Civil Veterinary Dept. Bombay admin report 1914-1922 - 1914-1922
Year: 1914
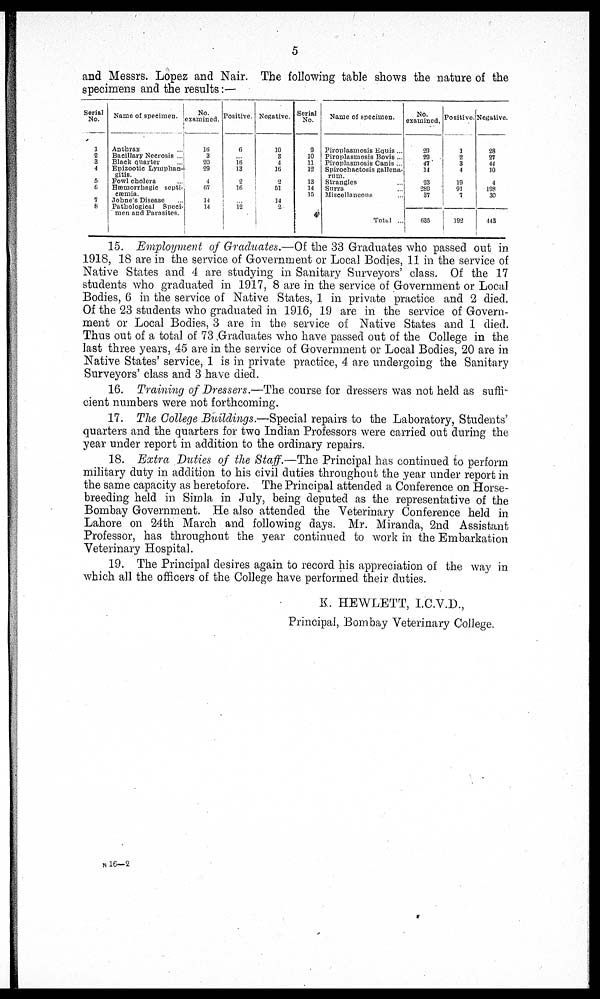
5
and Messrs. Lopez and Nair. The following table shows the nature of the
specimens and the results:—
Serial
No.
1
2
3
4
5
6
7
8
Name of specimen.
Anthrax ...
Bacillary Necrosis ...
Black quarter ...
Epizootic Lymphan-
gitis.
Fowl cholera
Hæmorrhagic septi-
cæmia.
Johne's Disease ...
Pathological
Speci-
men and Parasites.
No.
examined.
16
3
20
29
4
67
14
14
Positive.
6
... 16
13
2
16
... 12
Negative.
10
3
4
16
2
51
14
2
Serial
No.
9
10
11
12
13
14
15
Name of specimen.
Piroplasmosis Equis ...
Piroplasmosis Bovis ...
Piroplasmosis Canis ...
Spirochactosis gallena-
rum.
Strangles
Surra. ...
Miscellaneous ...
Total ...
No.
examined.
29
29
47
14
23
289
37
635
Positive.
1
2
3
4
19
91
7
192
Negative.
28
27
44
10
4
198
30
443
15. Employment of Graduates.—Of the 33 Graduates who passed out in
1918, 18 are in the service of Government or Local Bodies, 11 in the service of
Native States and 4 are studying in Sanitary Surveyors' class. Of the 17
students who graduated in 1917, 8 are in the service of Government or Local
Bodies, 6 in the service of Native States, 1 in private practice and 2 died.
Of the 23 students who graduated in 1916, 19 are in the service of Govern-
ment or Local Bodies, 3 are in the service of Native States and 1 died.
Thus out of a total of 73 Graduates who have passed out of the College in the
last three years, 45 are in the service of Government or Local Bodies, 20 are in
Native States' service, 1 is in private practice, 4 are undergoing the Sanitary
Surveyors' class and 3 have died.
16. Training of Dressers.—The course for dressers was not held as suffi-
cient numbers were not forthcoming.
17. The College Buildings.—Special repairs to the Laboratory, Students'
quarters and the quarters for two Indian Professors were carried out during the
year under report in addition to the ordinary repairs.
18. Extra Duties of the Staff.—The Principal has continued to perform,
military duty in addition to his civil duties throughout the year under report in
the same capacity as heretofore. The Principal attended a Conference on Horse-
breeding held in Simla in July, being deputed as the representative of the
Bombay Government. He also attended the Veterinary Conference held in
Lahore on 24th March and following days. Mr. Miranda, 2nd Assistant
Professor, has throughout the year continued to work in the Embarkation
Veterinary Hospital.
19. The Principal desires again to record his appreciation of the way in
which all the officers of the College have performed their duties.
K. HEWLETT, I.C.V.D.,
Principal, Bombay Veterinary College.
N 16—2